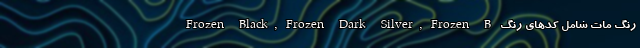
رنگ مات شامل کدهای رنگ Frozen Black, Frozen Dark Silver, Frozen B